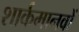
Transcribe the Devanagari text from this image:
शार्कमानवों